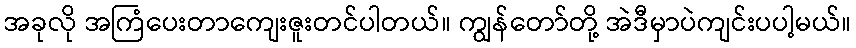
အခုလို အကြံပေးတာကျေးဇူးတင်ပါတယ်။ ကျွန်တော်တို့ အဲဒီမှာပဲကျင်းပပါ့မယ်။